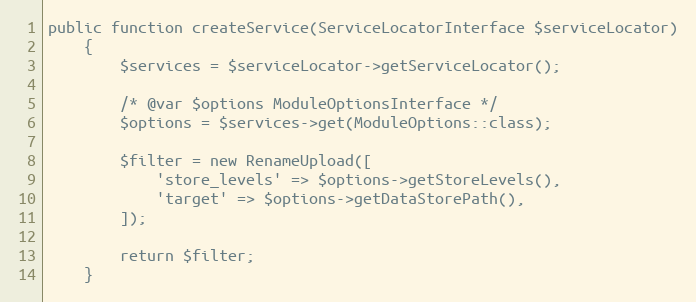
Language: PHP
public function createService(ServiceLocatorInterface $serviceLocator)
    {
        $services = $serviceLocator->getServiceLocator();

        /* @var $options ModuleOptionsInterface */
        $options = $services->get(ModuleOptions::class);

        $filter = new RenameUpload([
            'store_levels' => $options->getStoreLevels(),
            'target' => $options->getDataStorePath(),
        ]);

        return $filter;
    }